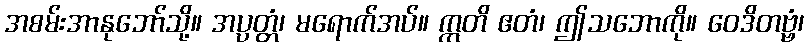
အစမ်းအာနုဘော်သို့။ အပ္ပတ္တံ၊ မရောက်အပ်။ ဣတိ ဧတံ၊ ဤသဘောကို။ ဝေဒိတဗ္ဗံ၊